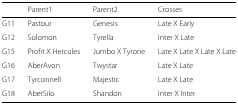
<table><thead><tr><td></td><td><b>Parent1</b></td><td><b>Parent2</b></td><td><b>Crosses</b></td></tr></thead><tbody><tr><td>G11</td><td>Pastour</td><td>Genesis</td><td>Late X Early</td></tr><tr><td>G12</td><td>Solomon</td><td>Tyrella</td><td>Inter X Late</td></tr><tr><td>G15</td><td>Profit X Hercules</td><td>Jumbo X Tyrone</td><td>Late X Late X Late X Late</td></tr><tr><td>G16</td><td>AberAvon</td><td>Twystar</td><td>Late X Late</td></tr><tr><td>G17</td><td>Tyrconnell</td><td>Majestic</td><td>Late X Late</td></tr><tr><td>G18</td><td>AberSilo</td><td>Shandon</td><td>Inter X Inter</td></tr></tbody></table>